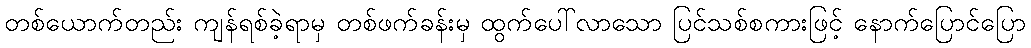
တစ်ယောက်တည်း ကျန်ရစ်ခဲ့ရာမှ တစ်ဖက်ခန်းမှ ထွက်ပေါ်လာသော ပြင်သစ်စကားဖြင့် နောက်ပြောင်ပြော